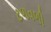
ટળવળી